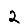
Digit: 2